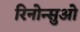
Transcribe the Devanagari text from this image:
रिनोन्सुओ